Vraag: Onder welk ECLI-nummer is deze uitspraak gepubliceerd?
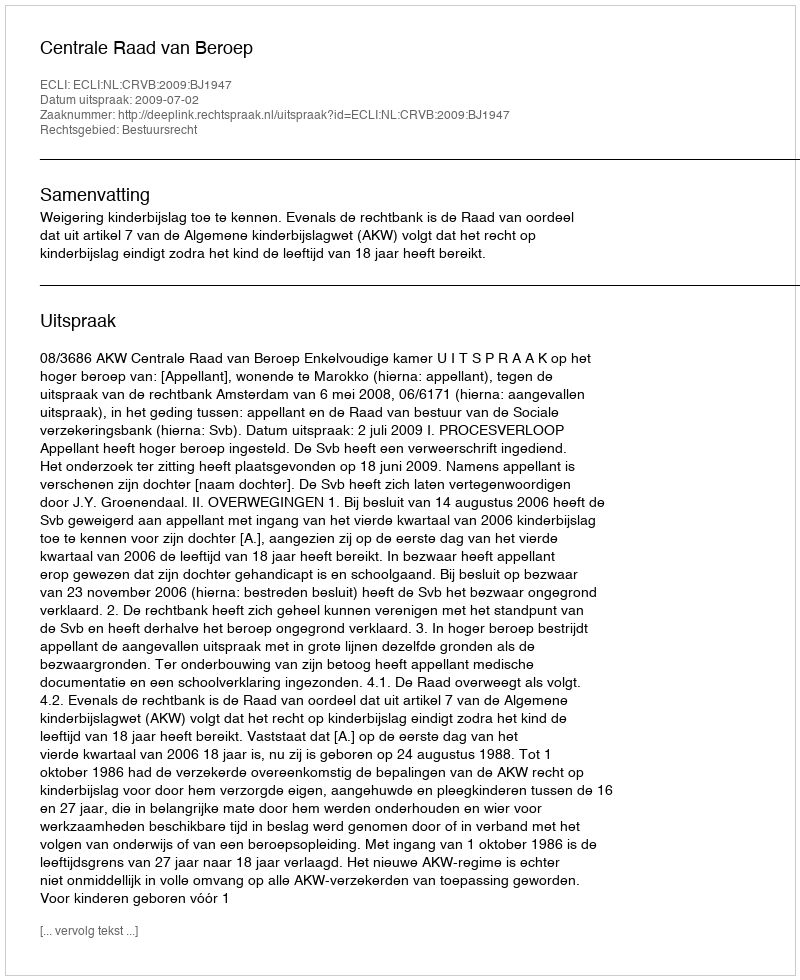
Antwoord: ECLI:NL:CRVB:2009:BJ1947